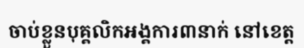
ចាប់ខ្លួនបុគ្គលិកអង្គការ៣នាក់ នៅខេត្ត